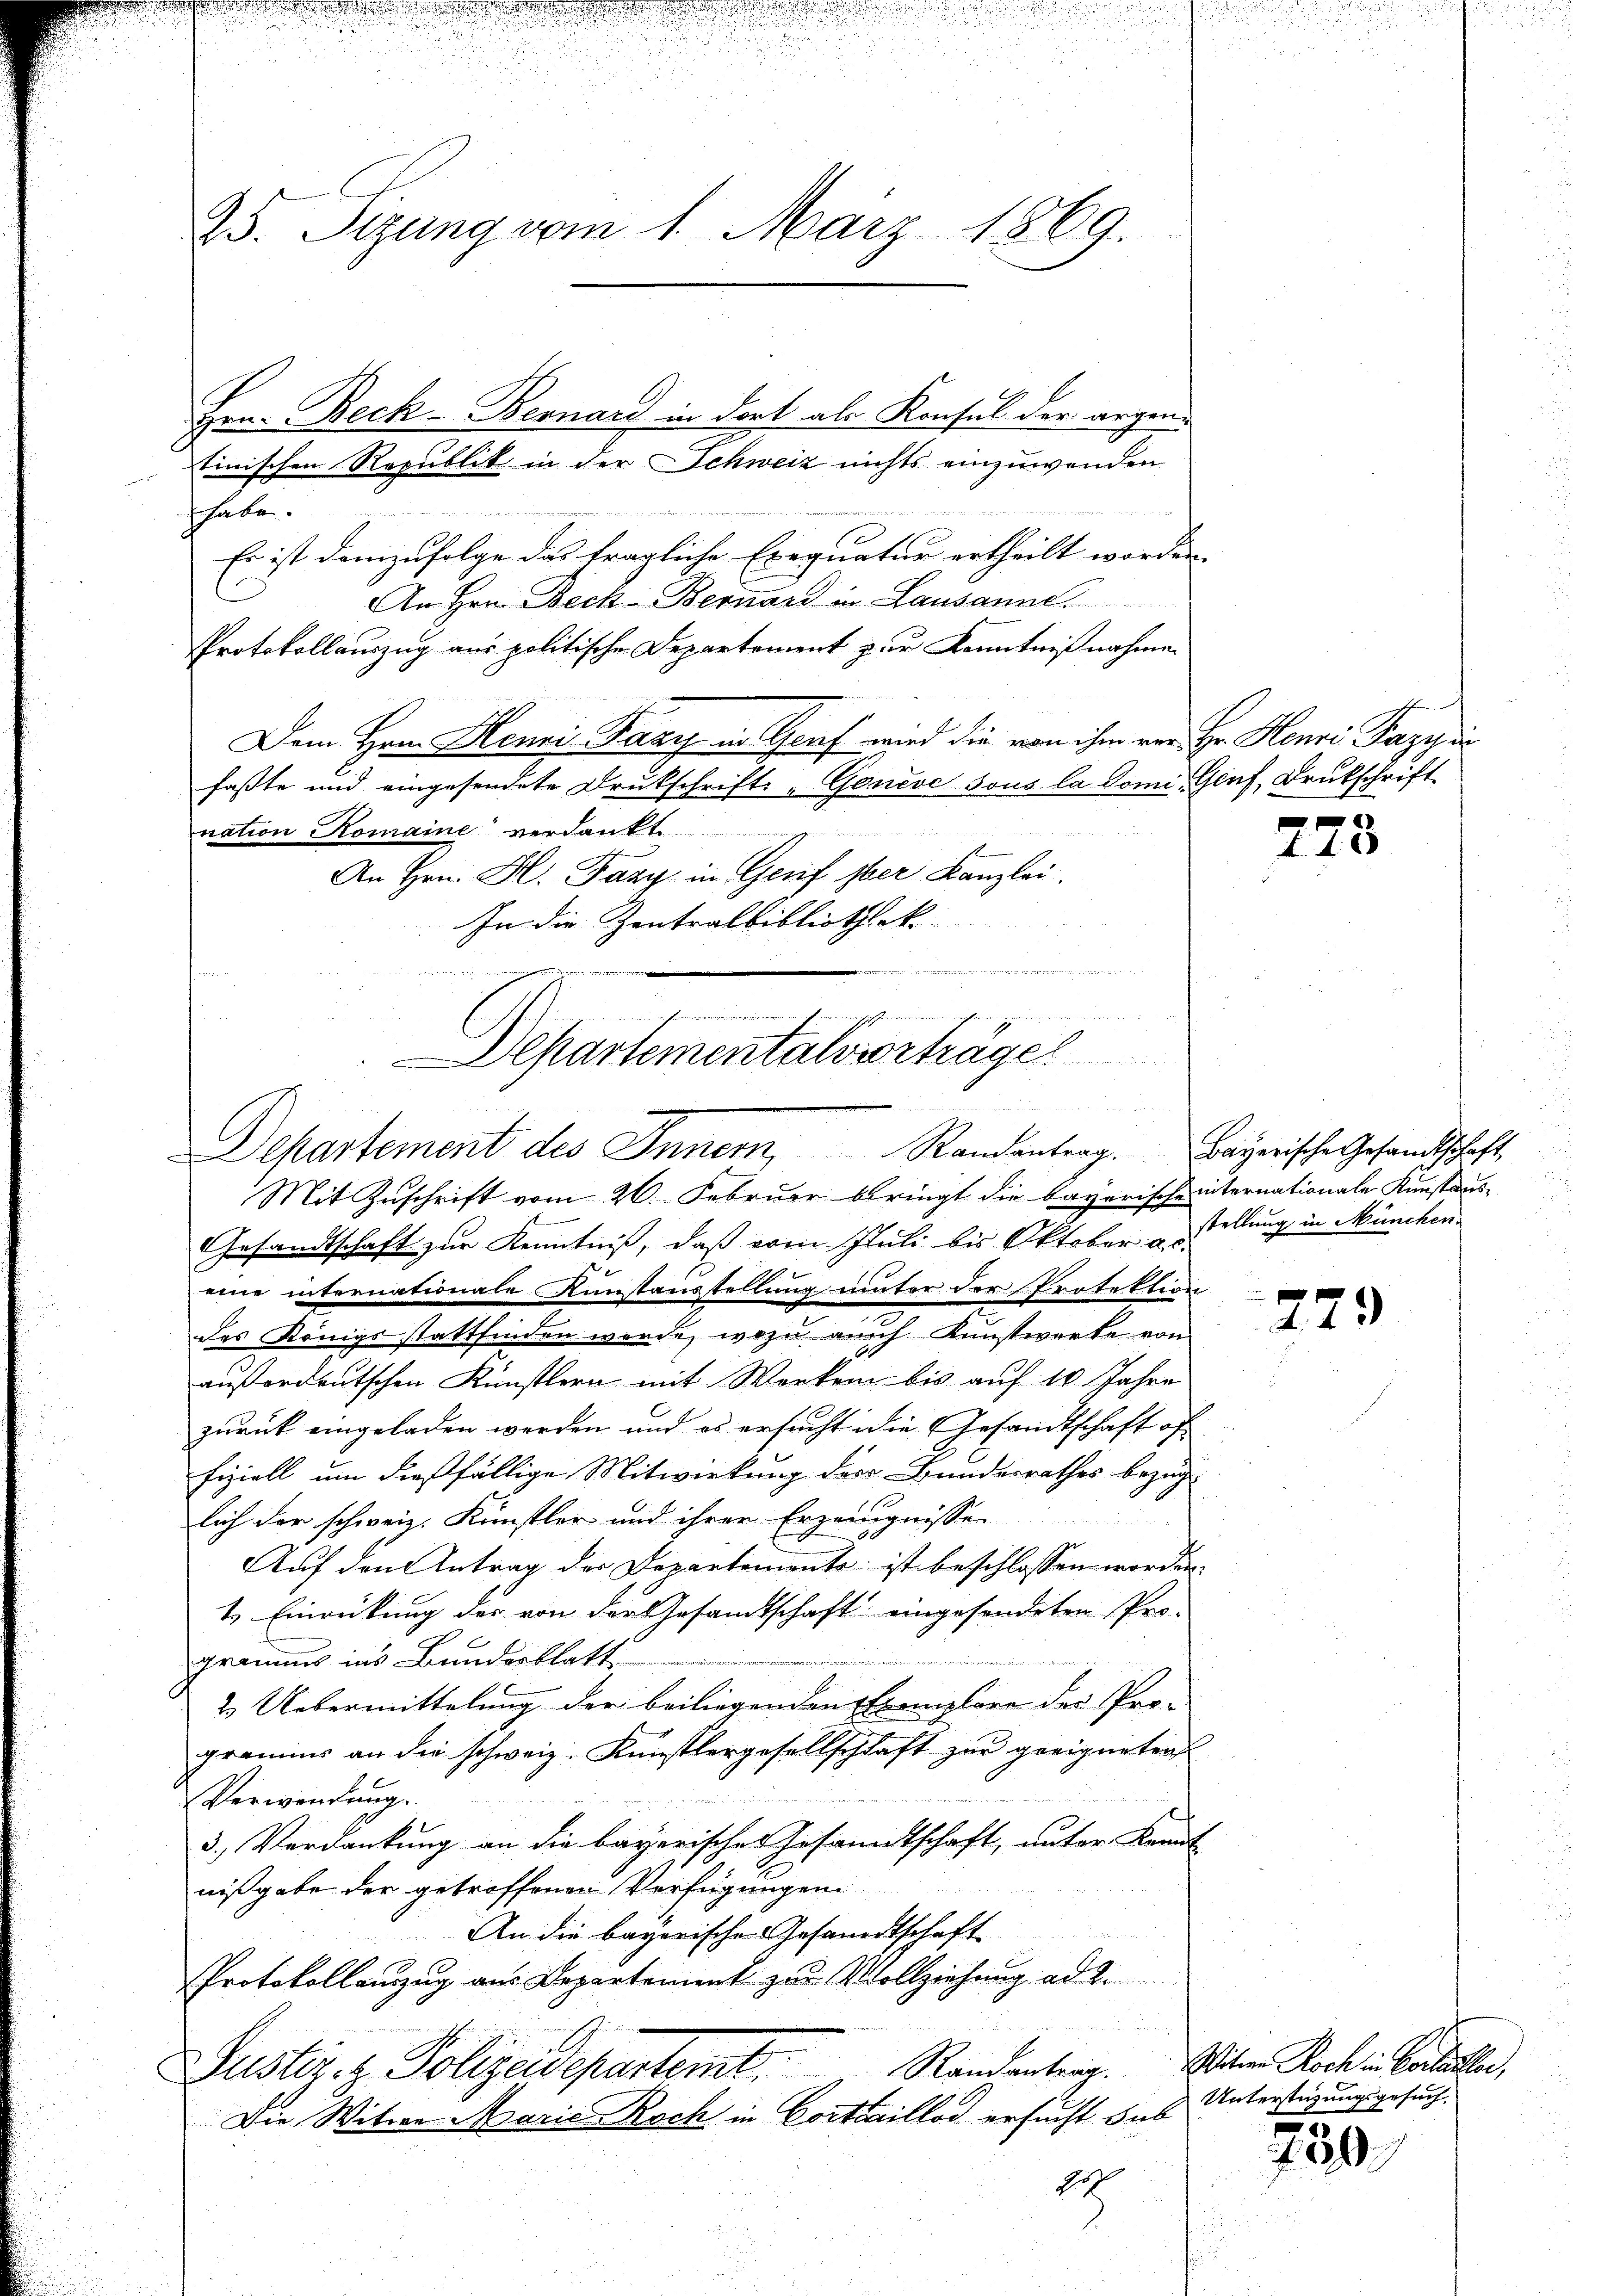
n

25. Sizung vom 1. März 1869.

Einischen Republik in der Schweiz nichts einzuwenden

haben.
Es ist demzufolge das fragliche Exequatur ertheilt worden.
An Hrn. Bech- Bernard in Lausanne
Protokollauszug aus politische Departement zur Kenntnißnahme
Dem Hrn. Menzi Fany in Graf wird die von ihm vor Hr. Henri Pazy
faßte und eingesendete Drukschrifts-Genève sous la domi- Genf, Drukschrift
nation Romaine“ verdankt
An Hrn. Kl. Fazy in Genf iber Kanzlei.
In die Zentralbibliothek
Mit Zuschrift vom 26. Februar bringt die Bayerischeinternationale Kunstaus¬
Gesandtschaft zur Kenntniß, daß vom Juli bis Oktober a.c.
regung
eine internationale Kunstaustellung unter der Protektion
des Königsstattfinden werde, wozu auch Kunstwerte von
außerdeutschen Künstlern mit Werken bis auf 10 Jahre
zurück eingeladen werden und es ersucht die Gesandtschaft of
fiziell um dießfällige Mitwirkung der Kundesrathes bezug
lich der schweiz. Künstler und ihrer Erzeugnisse
Auf den Antrag der Departemente ist beschlossen worden.
1. Einrückung des von der Gesandtschaft eingesondeten Pro-
gramms ins Bundesblatt
2. Uebermittelung der beiliegenden Exemplare der Pro-
gramins an die schweiz. Künstlergesellschlaft zur geeigneten
Verwendung.
3.) Verdankung an die bayerisches Gesandtschaft, unter Kennt
nißgabe der getroffenen Verfügungen
An die bayerische Gesandtschaft
Protokollauzug aus Departement zur Vollziehung ad 2.
Justiz- & Polizeidepartemt. Randantragter Koch in Coraller,
Die Witwe Marie Koch in Cortaillod ersucht sub
2
.
d

Hrn. Beck-Bernard in dort als Konsul der argen¬

d
er
Departementalverträge
bindun
Departement des Innern, Randantrag. Bayerische Gesandtschaft

i

273

stellung in München.

229

Unterstützungsgesuch,
0